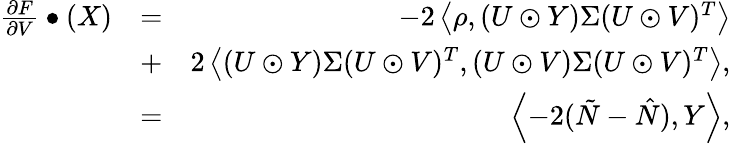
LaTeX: \begin{array}{rlr}{\frac{\partial F}{\partial V}\bullet(X)}&{=}&{-2\left<\rho,(U\odot Y)\Sigma(U\odot V)^{T}\right>}\\ &{+}&{2\left<(U\odot Y)\Sigma(U\odot V)^{T},(U\odot V)\Sigma(U\odot V)^{T}\right>,}\\ &{=}&{\left<-2(\tilde{N}-\hat{N}),Y\right>,}\end{array}